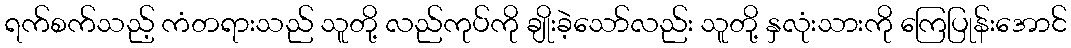
ရက်စက်သည့် ကံတရားသည် သူတို့ လည်ကုပ်ကို ချိုးခဲ့သော်လည်း သူတို့ နှလုံးသားကို ကြေပြုန်းအောင်